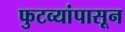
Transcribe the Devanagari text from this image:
फुटव्यांपासून